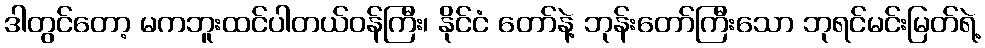
ဒါတွင်တော့ မကဘူးထင်ပါတယ်ဝန်ကြီး၊ နိုင်ငံ တော်နဲ့ ဘုန်းတော်ကြီးသော ဘုရင်မင်းမြတ်ရဲ့